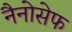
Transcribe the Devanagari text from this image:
नैनोसेफ